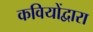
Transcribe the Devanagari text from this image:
कवियोंद्वारा